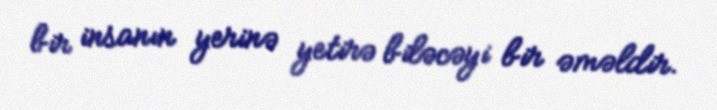
bir insanın yerinə yetirə biləcəyi bir əməldir.